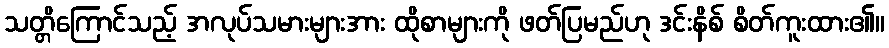
သတ္တိကြောင်သည့် အလုပ်သမားများအား ထိုစာများကို ဖတ်ပြမည်ဟု ဒင်းနိစ် စိတ်ကူးထား၏။